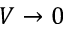
V \rightarrow 0